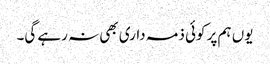
یوں ہم پر کوئی ذمہ داری بھی نہ رہے گی۔